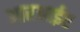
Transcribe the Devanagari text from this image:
आरआईए